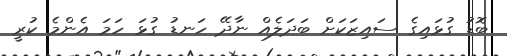
ބޮޑު ގުޅައިގެ ސައިޒަކަށް ބަދަލެއް ނާދޭ ހަނޑު ގުޅަ ހަމަ އެންމެ ކުރީ